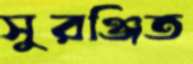
সুরঞ্জিত